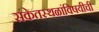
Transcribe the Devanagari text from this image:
संकेतस्थळांविषयीची